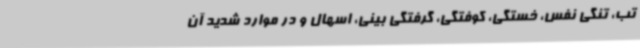
تب، تنگی نفس، خستگی، کوفتگی، گرفتگی بینی، اسهال و در موارد شدید آن